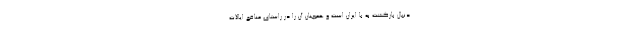
دنبال بازگشت به با ایران است و همچنان آن را در راستای منافع ایالات